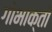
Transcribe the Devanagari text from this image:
गोभाक्तो